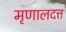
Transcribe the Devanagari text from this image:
मृणालदत्त